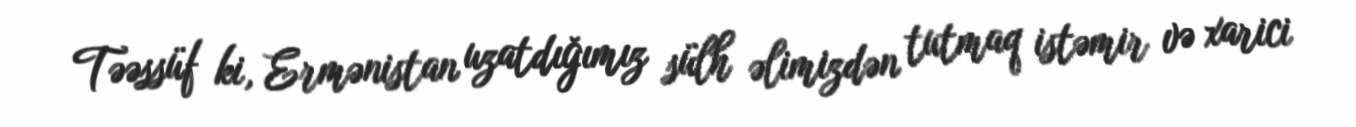
Təəssüf ki, Ermənistan uzatdığımız sülh əlimizdən tutmaq istəmir və xarici